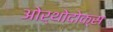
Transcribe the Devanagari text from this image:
ओर्थोदोक्स